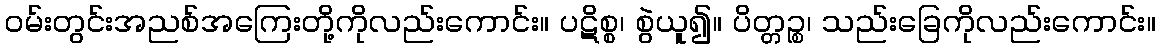
ဝမ်းတွင်းအညစ်အကြေးတို့ကိုလည်းကောင်း။ ပဋိစ္စ၊ စွဲယူ၍။ ပိတ္တဉ္စ၊ သည်းခြေကိုလည်းကောင်း။